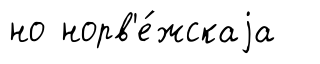
но норв'е́жскаjа